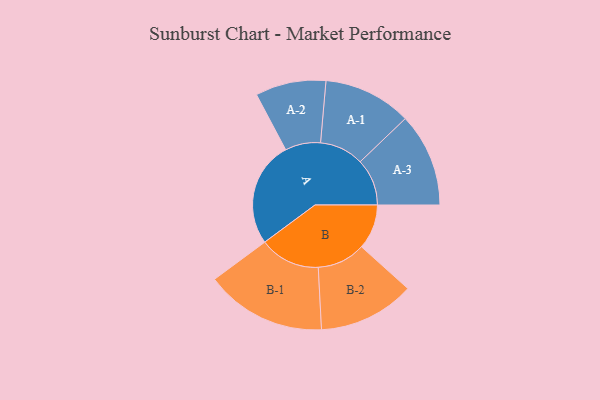
{"axis": {"x": "Segment", "y": "Value"}, "legend": ["", "A", "B"], "data": [{"x": "A", "y": 385, "type": ""}, {"x": "B", "y": 164, "type": ""}, {"x": "A-1", "y": 161, "type": "A"}, {"x": "A-2", "y": 129, "type": "A"}, {"x": "A-3", "y": 171, "type": "A"}, {"x": "B-1", "y": 221, "type": "B"}, {"x": "B-2", "y": 176, "type": "B"}]}